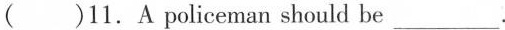
（ ）11.A policeman should be ___.